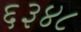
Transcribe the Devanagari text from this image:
६३४८